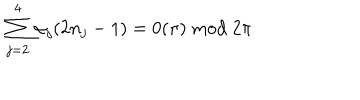
\sum _ { j = 2 } ^ { 4 } \alpha _ { j } ( 2 n _ { j } - 1 ) = 0 ( \pi ) \bmod 2 \pi